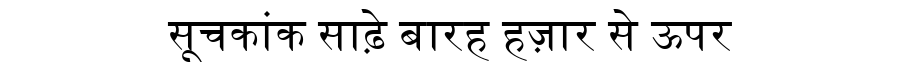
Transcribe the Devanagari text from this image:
सूचकांक साढ़े बारह हज़ार से ऊपर